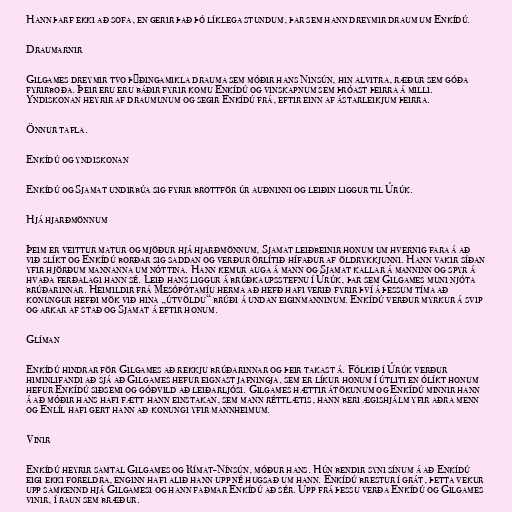
Hann þarf ekki að sofa, en gerir það þó líklega stundum, þar sem hann dreymir draum um Enkídú.

Draumarnir

Gilgames dreymir tvo þýðingamikla drauma sem móðir hans Ninsún, hin alvitra, ræður sem góða
fyrirboða. Þeir eru eru báðir fyrir komu Enkídú og vinskapnum sem þróast þeirra á milli.
Yndiskonan heyrir af draumunum og segir Enkídú frá, eftir einn af ástarleikjum þeirra.

Önnur tafla.

Enkídú og yndiskonan

Enkídú og Sjamat undirbúa sig fyrir brottför úr auðninni og leiðin liggur til Úrúk.

Hjá hjarðmönnum

Þeim er veittur matur og mjöður hjá hjarðmönnum, Sjamat leiðbeinir honum um hvernig fara á að
við slíkt og Enkídú borðar sig saddan og verður örlítið hífaður af öldrykkjunni. Hann vakir síðan
yfir hjörðum mannanna um nóttina. Hann kemur auga á mann og Sjamat kallar á manninn og spyr á
hvaða ferðalagi hann sé. Leið hans liggur á brúðkaupsstefnu í Úrúk, þar sem Gilgames muni njóta
brúðarinnar. Heimildir frá Mesópótamíu herma að hefð hafi verið fyrir því á þessum tíma að
konungur hefði mök við hina „útvöldu“ brúði á undan eiginmanninum. Enkídú verður myrkur á svip
og arkar af stað og Sjamat á eftir honum.

Glíman

Enkídú hindrar för Gilgames að rekkju brúðarinnar og þeir takast á. Fólkið í Úrúk verður
himinlifandi að sjá að Gilgames hefur eignast jafningja, sem er líkur honum í útliti en ólíkt honum
hefur Enkídú siðsemi og góðvild að leiðarljósi. Gilgames hættir átökunum og Enkídú minnir hann
á að móðir hans hafi fætt hann einstakan, sem mann réttlætis, hann beri ægishjálm yfir aðra menn
og Enlíl hafi gert hann að konungi yfir mannheimum.

Vinir

Enkídú heyrir samtal Gilgames og Rímat-Nínsún, móður hans. Hún bendir syni sínum á að Enkídú
eigi ekki foreldra, enginn hafi alið hann upp né hugsað um hann. Enkídú brestur í grát, þetta vekur
upp samkennd hjá Gilgamesi og hann faðmar Enkídú að sér. Upp frá þessu verða Enkídú og Gilgames
vinir, í raun sem bræður.